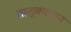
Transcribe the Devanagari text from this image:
तालुक्यातुन